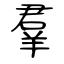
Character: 羣